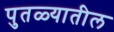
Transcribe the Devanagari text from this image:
पुतळ्यातील